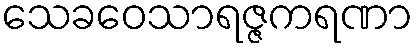
သေခဝေသာရဇ္ဇကရဏာ